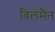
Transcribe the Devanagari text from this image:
विलमैन